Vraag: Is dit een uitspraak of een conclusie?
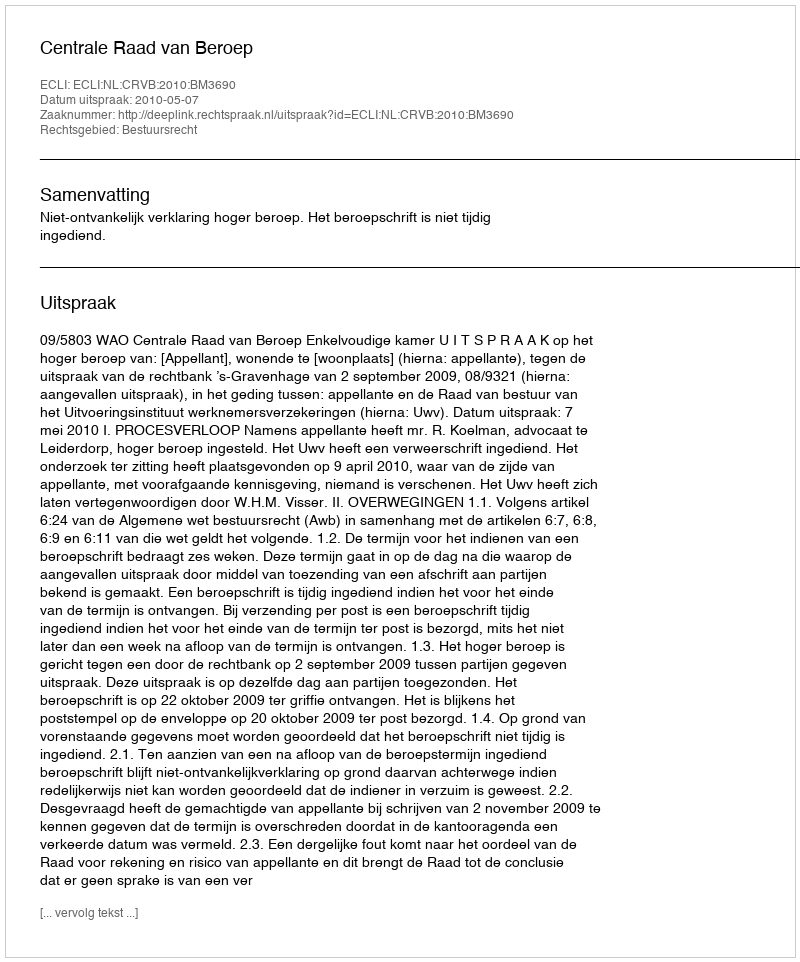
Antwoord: Uitspraak